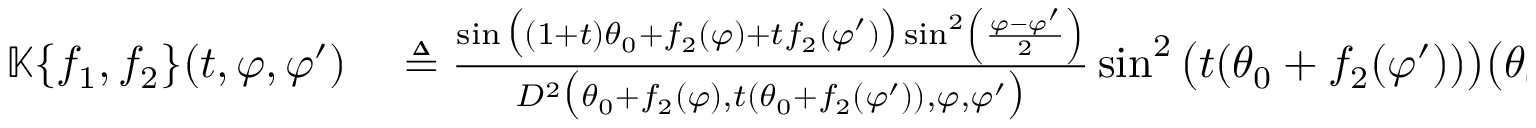
\begin{array} { r l } { \mathbb { K } \{ f _ { 1 } , f _ { 2 } \} ( t , \varphi , \varphi ^ { \prime } ) } & { { } \triangleq \frac { \sin \big ( ( 1 + t ) \theta _ { 0 } + f _ { 2 } ( \varphi ) + t f _ { 2 } ( \varphi ^ { \prime } ) \big ) \sin ^ { 2 } \left( \frac { \varphi - \varphi ^ { \prime } } { 2 } \right) } { D ^ { 2 } \big ( \theta _ { 0 } + f _ { 2 } ( \varphi ) , t ( \theta _ { 0 } + f _ { 2 } ( \varphi ^ { \prime } ) ) , \varphi , \varphi ^ { \prime } \big ) } \sin ^ { 2 } \big ( t ( \theta _ { 0 } + f _ { 2 } ( \varphi ^ { \prime } ) ) \big ) \big ( \theta _ { 0 } + f _ { 2 } ( \varphi ^ { \prime } ) \big ) \sin ( \varphi - \varphi ^ { \prime } ) } \end{array}